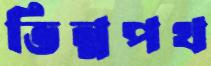
ভিন্নপথ